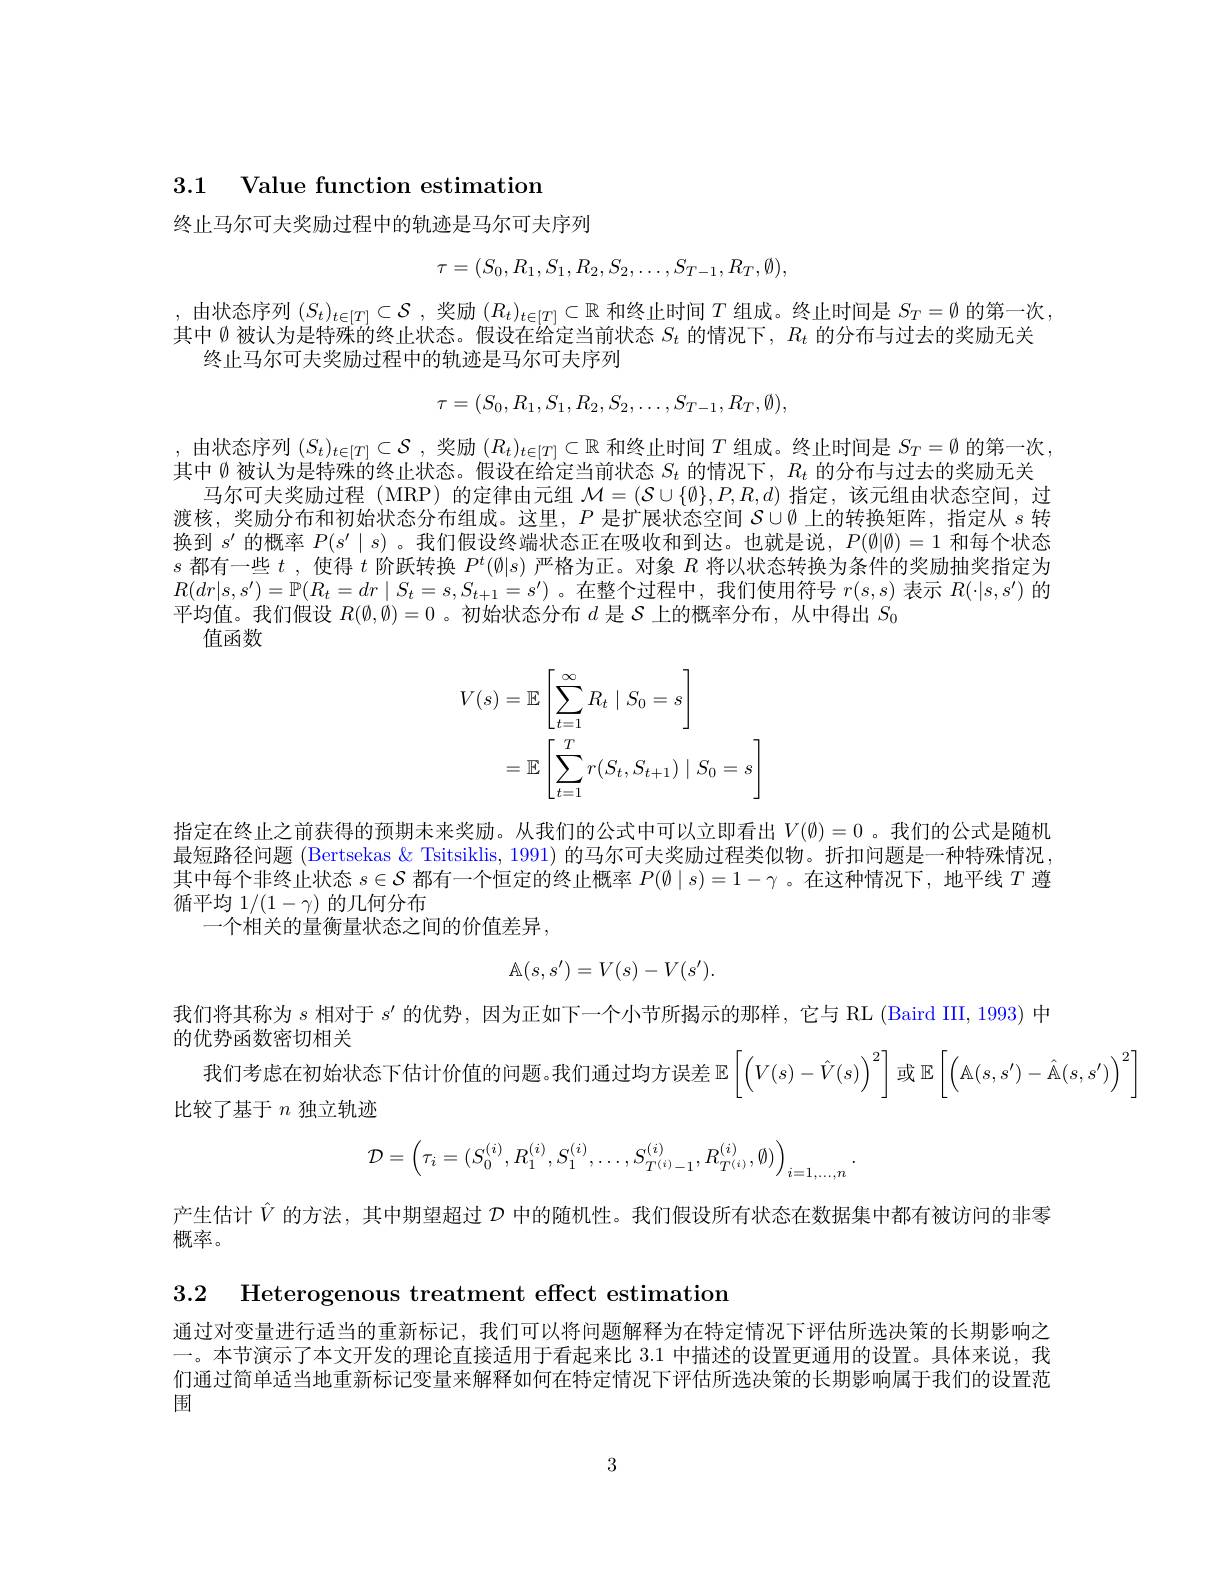
3.1 Value function estimation

终止马尔可夫奖励过程中的轨迹是马尔可夫序列
$$\tau=(S_0,R_1,S_1,R_2,S_2,\ldots,S_{T-1},R_T,\emptyset),$$
,由状态序列$(S_t)_{t\in[T]}\subset\mathcal{S}$ ,奖励$(R_t)_{t\in[T]}\subset\mathbb{R}$和终止时间$T$组成。终止时间是$S_T=\emptyset$的第一次 , 其中《被认为是特殊的终止状态。假设在给定当前状态$S_t$的情况下，$R_t$的分布与过去的奖励无关
终止马尔可夫奖励过程中的轨迹是马尔可夫序列
$$\tau=(S_0,R_1,S_1,R_2,S_2,\ldots,S_{T-1},R_T,\emptyset),$$
,由状态序列$(S_t)_{t\in[T]}\subset\mathcal{S}$ ,奖励$(R_t)_{t\in[T]}\subset\mathbb{R}$和终止时间$T$组成。终止时间是$S_T=\emptyset$的第一次， 其中$\emptyset$被认为是特殊的终止状态。假设在给定当前状态$S_t$的情况下，$R_t$的分布与过去的奖励无关
马尔可夫奖励过程 (MRP) 的定律由元组$\mathcal{M}=(\mathcal{S}\cup\{\emptyset\},P,R,d)$指定 ,该元组由状态空间，过渡核，奖励分布和初始状态分布组成。这里，$P$是扩展状态空间$S\cup\emptyset$上的转换矩阵，指定从$s$转换到$s^{\prime}$的概率$P(s^{\prime}\mid s)$ 。我们假设终端状态正在吸收和到达。也就是说，$P(\emptyset|\emptyset)=1$和每个状态$s$都有一些$t$ ,使得$t$阶跃转换$P^t(\emptyset|s)$严格为正。对象$R$将以状态转换为条件的奖励抽奖指定为$R(dr|s,s^{\prime})=\mathbb{P}(R_t=dr\mid S_t=s,S_{t+1}=s^{\prime})$。在整个过程中，我们使用符号$r(s,s)$表示$R(\cdot|s,s^{\prime})$的平均值。我们假设$R(\emptyset,\emptyset)=0$ 。初始状态分布$d$是$\mathcal{S}$上的概率分布，从中得出$S_0$
值函数
$$\begin{aligned}V(s)&=\mathbb{E}\left[\sum_{t=1}^{\infty}R_{t}\mid S_{0}=s\right]\\&=\mathbb{E}\left[\sum_{t=1}^Tr(S_t,S_{t+1})\mid S_0=s\right]\end{aligned}$$
指定在终止之前获得的预期未来奖励。从我们的公式中可以立即看出$V(\emptyset)=0$ 。我们的公式是随机最短路径问题 (Bertsekas & Tsitsiklis, 1991) 的马尔可夫奖励过程类似物。折扣问题是一种特殊情况其中每个非终止状态$s\in\mathcal{S}$都有一个恒定的终止概率$P(\emptyset\mid s)=1-\gamma$ 。在这种情况下，地平线$T$遵循平均$1/(1-\gamma)$的几何分布
一个相关的量衡量状态之间的价值差异，
$$\mathbb{A}(s,s')=V(s)-V(s').$$
我们将其称为$s$相对于$s^\prime$的优势，因为正如下一个小节所揭示的那样，它与 RL (Baird III, 1993) 中
的优势函数密切相关
我们考虑在初始状态下估计价值的问题。我们通过均方误差$\mathbb{E}\left[\left(V(s)-\hat{V}(s)\right)^2\right]$或$\mathbb{E}\left[\left(\mathbb{A}(s,s^{\prime})-\hat{\mathbb{A}}(s,s^{\prime})\right)^2\right]$
比较了基于$n$独立轨迹
$$\mathcal{D}=\left(\tau_i=(S_0^{(i)},R_1^{(i)},S_1^{(i)},\dots,S_{T^{(i)}-1}^{(i)},R_{T^{(i)}}^{(i)},\emptyset)\right)_{i=1,\dots,n}.$$
产生估计$\hat{V}$的方法，其中期望超过$\mathcal{D}$中的随机性。我们假设所有状态在数据集中都有被访问的非零
概率。

3.2 Heterogenous treatment effect estimation

通过对变量进行适当的重新标记，我们可以将问题解释为在特定情况下评估所选决策的长期影响之一。本节演示了本文开发的理论直接适用于看起来比 3.1 中描述的设置更通用的设置。具体来说，我们通过简单适当地重新标记变量来解释如何在特定情况下评估所选决策的长期影响属于我们的设置范围

3